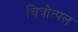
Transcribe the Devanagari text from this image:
चित्रोत्पल